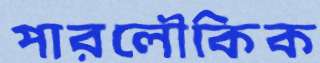
পারলৌকিক